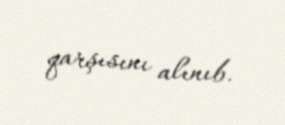
qarşısını alınıb.